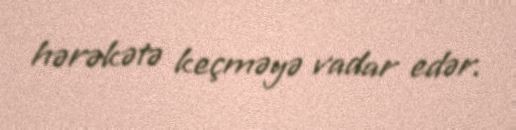
hərəkətə keçməyə vadar edər.